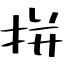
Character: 拼